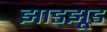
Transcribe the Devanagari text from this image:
झाडझूड